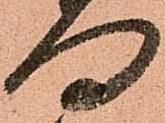
向